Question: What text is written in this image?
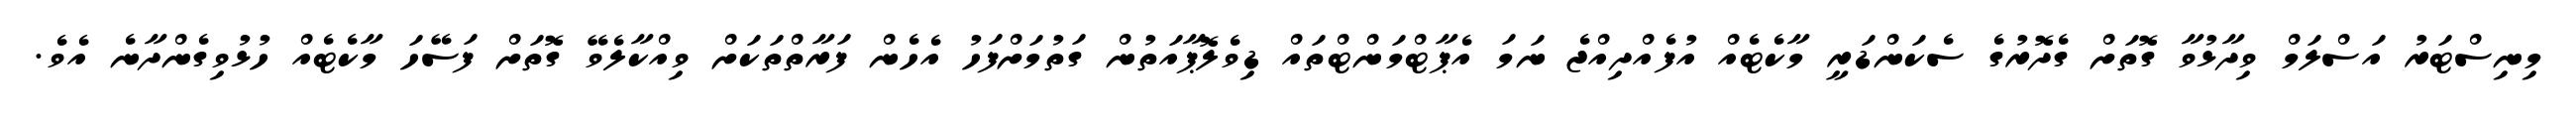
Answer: މިނިސްޓަރު އަސްލަމް ވިދާޅުވާ ގޮތަށް ގެދޮރުގެ ސެކަންޑަރީ މާކެޓެއް އުފެއްދިއްޖެ ނަމަ އެޕާޓްމަންޓްތައް ޑިވެލޮޕާއަތުން ގަތުމަށްފަހު އެހެން ފަރާތްތަކަށް ވިއްކާލެވޭ ގޮތަށް ފަސޭހަ މާކެޓެއް ހުޅުވިގެންދާނެ އެވެ.